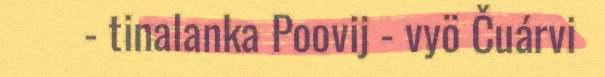
- tinalanka Poovij - vyö Čuárvi